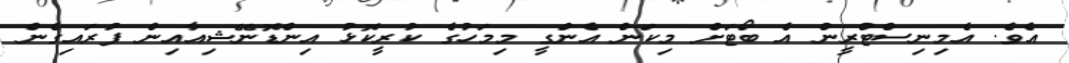
އެވެ. އެމިނިސްޓްރީން އެ ބޯޓަށް މިކަން އެންގީ މިމަހުގެ ކުރީކޮޅު އިންޑޮނޭޝިއާއިން ފުރައިގެން